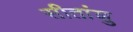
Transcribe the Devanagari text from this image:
सीतांशु